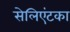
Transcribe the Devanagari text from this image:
सेलिएंटका